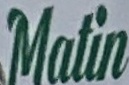
Matin